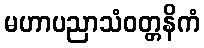
မဟာပညာသံဝတ္တနိကံ